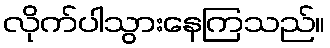
လိုက်ပါသွားနေကြသည်။